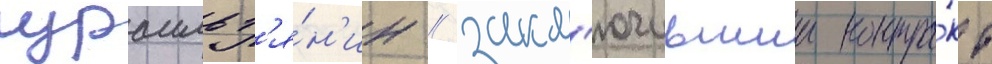
израильт'я́н'ин / закл'ючившии контра́кт